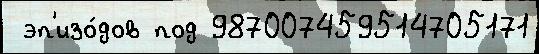
 эп'изо́дов под 987007459514705171